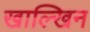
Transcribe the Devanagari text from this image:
खाल्खिन